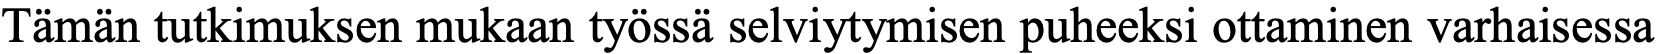
Tämän tutkimuksen mukaan työssä selviytymisen puheeksi ottaminen varhaisessa